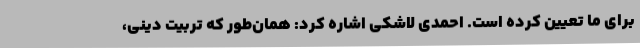
برای ما تعیین کرده است. احمدی لاشکی اشاره کرد: همان‌طور که تربیت دینی،